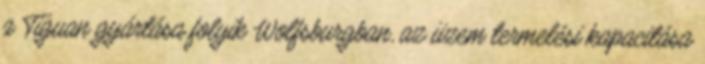
a Tiguan gyártása folyik Wolfsburgban, az üzem termelési kapacitása